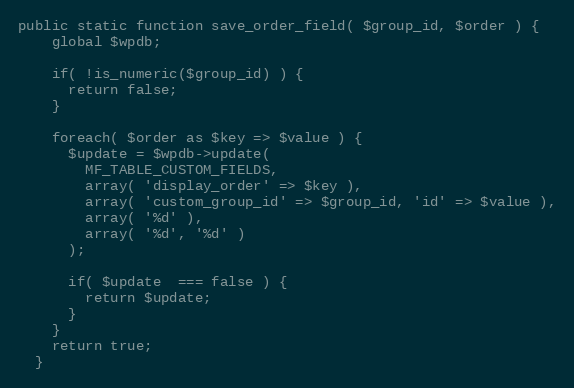
Language: PHP
public static function save_order_field( $group_id, $order ) {
    global $wpdb;

    if( !is_numeric($group_id) ) {
      return false;
    }

    foreach( $order as $key => $value ) {
      $update = $wpdb->update(
        MF_TABLE_CUSTOM_FIELDS,
        array( 'display_order' => $key ),
        array( 'custom_group_id' => $group_id, 'id' => $value ),
        array( '%d' ),
        array( '%d', '%d' )
      );

      if( $update  === false ) {
        return $update;
      }
    }
    return true;
  }